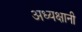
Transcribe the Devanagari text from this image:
अध्यक्षानी